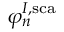
\varphi _ { n } ^ { I , \mathrm { s c a } }